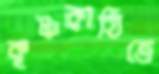
কৃষ্ণকাঠিতে